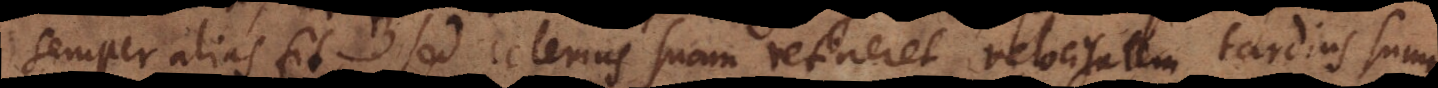
semper alias fit, sed celerius suam retineret velocitatem, tardius summa